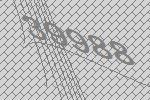
39988